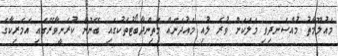
މައުލޫމާތު މުއްސަނދިވި މަލަކަށް ވުރެ ލުއި މައުދަނެއް މަތިންދާބޯޓުތަކުގައި ބޭނުން ކުރަނީވާރޭގައި އެމެރިކާގެ